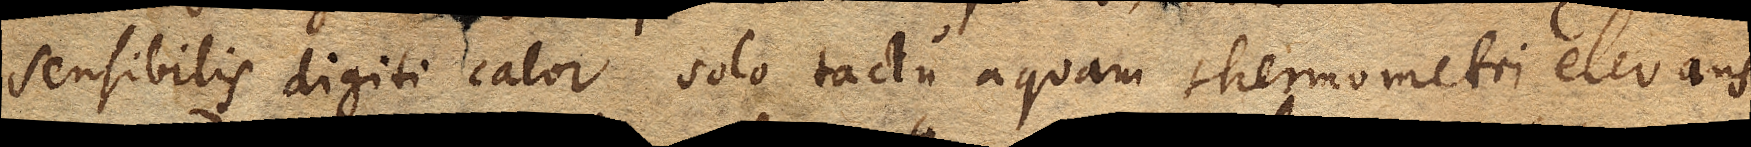
sensibilis digiti calor solo tactu aquam thermometri elevans,